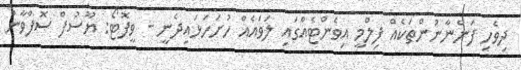
ދިވެހި ފަންނާނުންތަކެއް ފިލްމީ އިވެންޓެއްގައި ލަވައެއް ހުށަހަޅައިދެނީ - ވީފޮޓޯ: ޔޫސުފް ސޮފްވާން